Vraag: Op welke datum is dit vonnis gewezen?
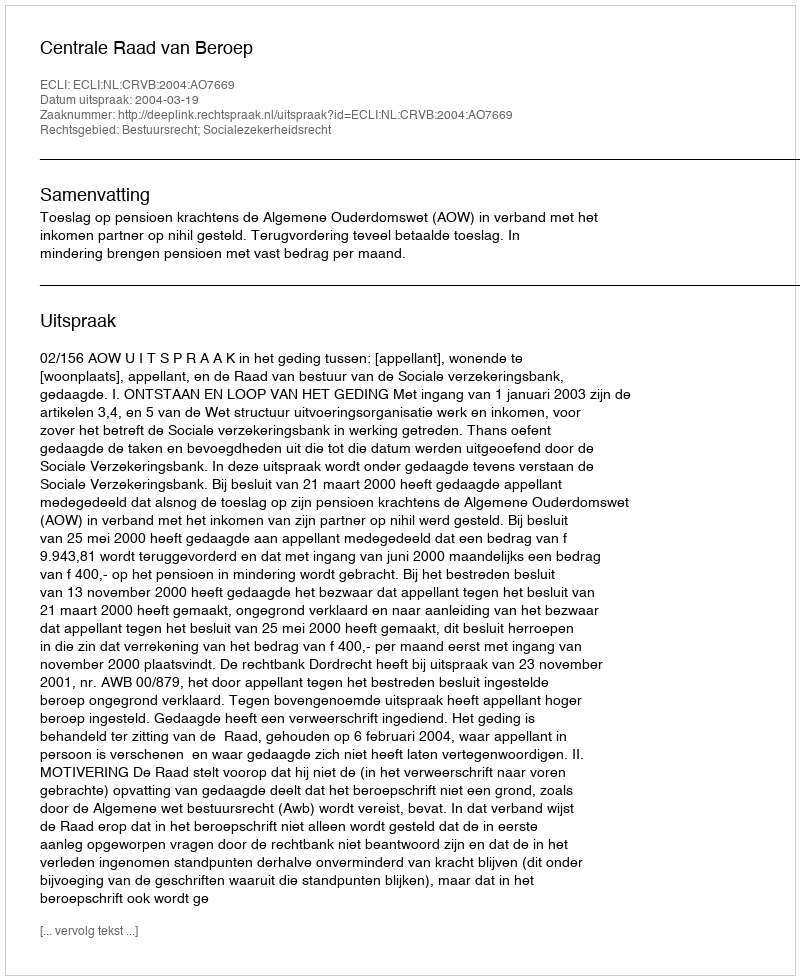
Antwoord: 2004-03-19